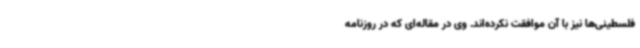
فلسطینی‌ها نیز با آن موافقت نکرده‌اند. وی در مقاله‌ای که در روزنامه